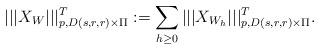
LaTeX: \begin{align*}|||X_W|||_{p,D(s,r,r)\times\Pi}^T:=\sum_{h\geq 0}|||X_{W_{h}}|||_{p,D(s,r,r)\times\Pi}^T. \end{align*}